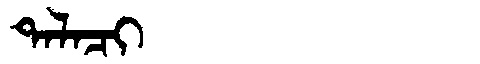
Manchu: ᡨᠠᠯᠠᠴᡳ
Romanization: TALACI